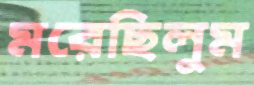
মরেছিলুম